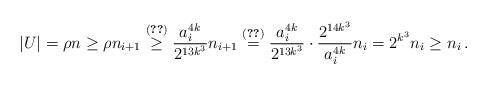
LaTeX: \begin{align*} |U|=\rho n\geq \rho n_{i+1} \overset{\eqref{eq:dgdr}}{\geq} \frac{a_i^{4k}}{2^{13k^3}}n_{i+1} \overset{\eqref{rec}}{=} \frac{a_i^{4k}}{2^{13k^3}}\cdot\frac{2^{14k^3}}{a_{i}^{4k}}n_{i} =2^{k^3}n_i \ge n_i\,.\end{align*}